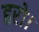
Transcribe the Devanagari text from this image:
हरो।